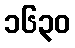
၁၆၃၀